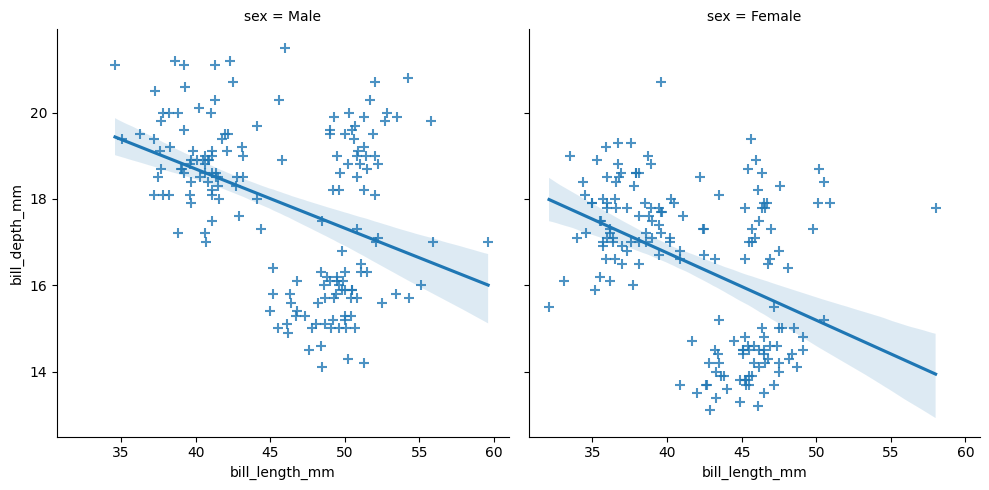
python, seaborn, lmplot, aspect=1.0, order=1, markers='+'